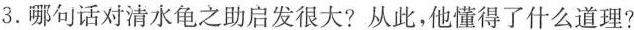
3. 哪句话对清水龟之助启发很大?从此，他懂得了什么道理?